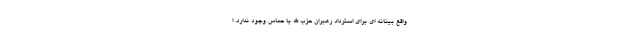
واقع بینانه ای برای استرداد رهبران حزب الله یا حماس وجود ندارد. ا